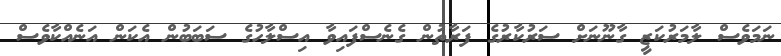
ނަމަވެސް ލާމަރުކަޒީ ގާނޫނަށް ސަރުކާރުގެ ފަރާތުން ގެނެސްފައިވާ އިސްލާހުގެ ސަބަބުން އެކަން އަނެއްކާވެސް